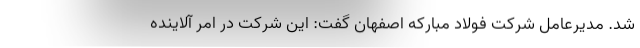
شد. مدیرعامل شرکت فولاد مبارکه اصفهان گفت: این شرکت در امر آلاینده